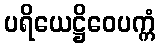
ပရိယေဋ္ဌိဝေပက္ကံ